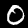
Label: 0